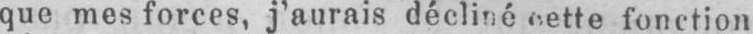
fonction